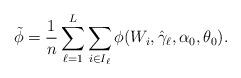
LaTeX: \begin{align*}\tilde{\phi}=\frac{1}{n}\sum_{\ell=1}^{L}\sum_{i\in I_{\ell}}\phi(W_{i},\hat{\gamma}_{\ell},\alpha_{0},\theta_{0}). \end{align*}